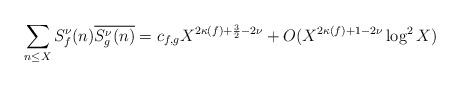
LaTeX: \begin{align*} \sum_{n \leq X} S_f^\nu(n)\overline{S_g^\nu(n)} = c_{f,g} X^{2\kappa(f) + \frac{3}{2} - 2\nu} + O(X^{2\kappa(f) + 1 - 2\nu}\log^2 X) \end{align*}